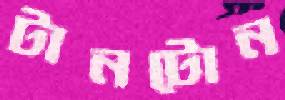
টানটোন